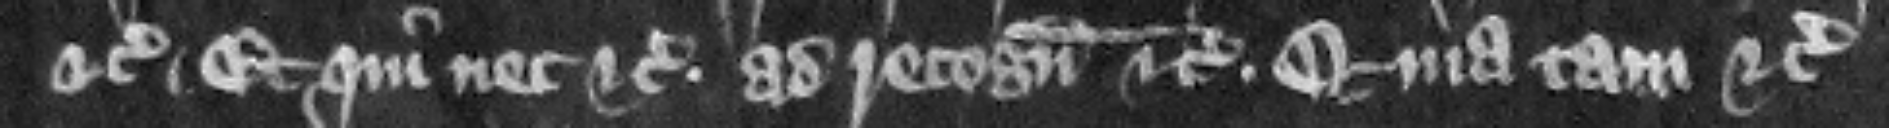
etc. Et qui nec etc. ad recognoscendum etc. Quia tam etc.